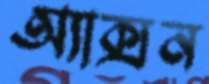
অ্যাক্সন